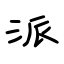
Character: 派